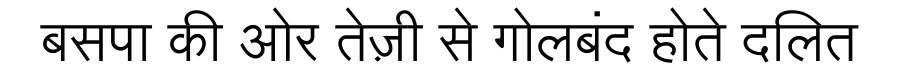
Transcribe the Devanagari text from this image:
बसपा की ओर तेज़ी से गोलबंद होते दलित